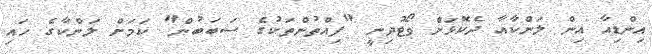
އިންޑިއާ އިން ލަންކާއާ ދެކޮޅަށް ވޯޓުދިނީ "ފިއްތުންތަކުގެ ސަބަބުން" ކަމަށް ލަންކާގެ ހައި